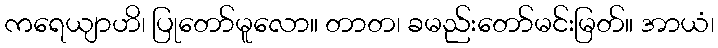
ကရေယျာဟိ၊ ပြုတော်မူလော။ တာတ၊ ခမည်းတော်မင်းမြတ်။ အာယံ၊